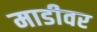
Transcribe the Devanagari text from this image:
माडीवर